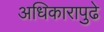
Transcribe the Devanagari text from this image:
अधिकारापुढे